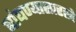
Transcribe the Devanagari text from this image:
बांधण्यासारखे